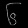
Digit: ၆